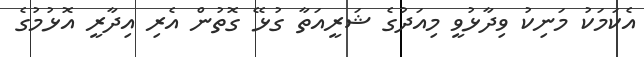
އެކަމަކު މަނިކު ވިދާޅުވީ މިއަދުގެ ޝަރީއަތާ ގުޅޭ ގޮތުން އެރި އިދާރީ އޮޅުމުގެ